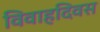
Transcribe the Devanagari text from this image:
विवाहदिवस